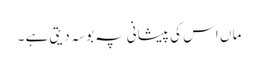
ما ں اس کی پیشانی پہ بوسہ دیتی ہے ۔